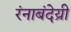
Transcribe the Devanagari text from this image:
रंनाबंदेय्री